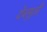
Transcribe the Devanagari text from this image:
देवमूर्ती